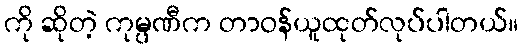
ကို ဆိုတဲ့ ကုမ္ပဏီက တာဝန်ယူထုတ်လုပ်ပါတယ်။